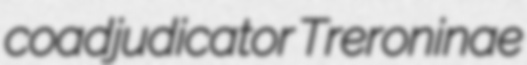
coadjudicator Treroninae